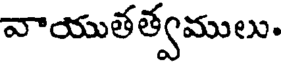
వాయుతత్వములు.